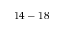
1 4 - 1 8